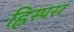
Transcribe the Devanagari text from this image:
ह्विस्परर